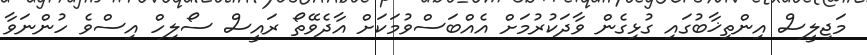
މަޖިލީސް އިންތިޚާބުގައި ގުޅިގެން ވާދަކުރުމަށް އެއްބަސްވުމަކަށް އާދެވޭތޯ ރައީސް ސޯލިހް އިސްވެ ހުންނަވާ